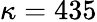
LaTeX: \kappa=435